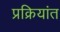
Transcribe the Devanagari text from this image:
प्रक्रियांत